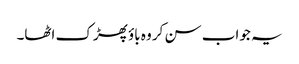
یہ جواب سن کر وہ باؤ پھڑک اٹھا۔